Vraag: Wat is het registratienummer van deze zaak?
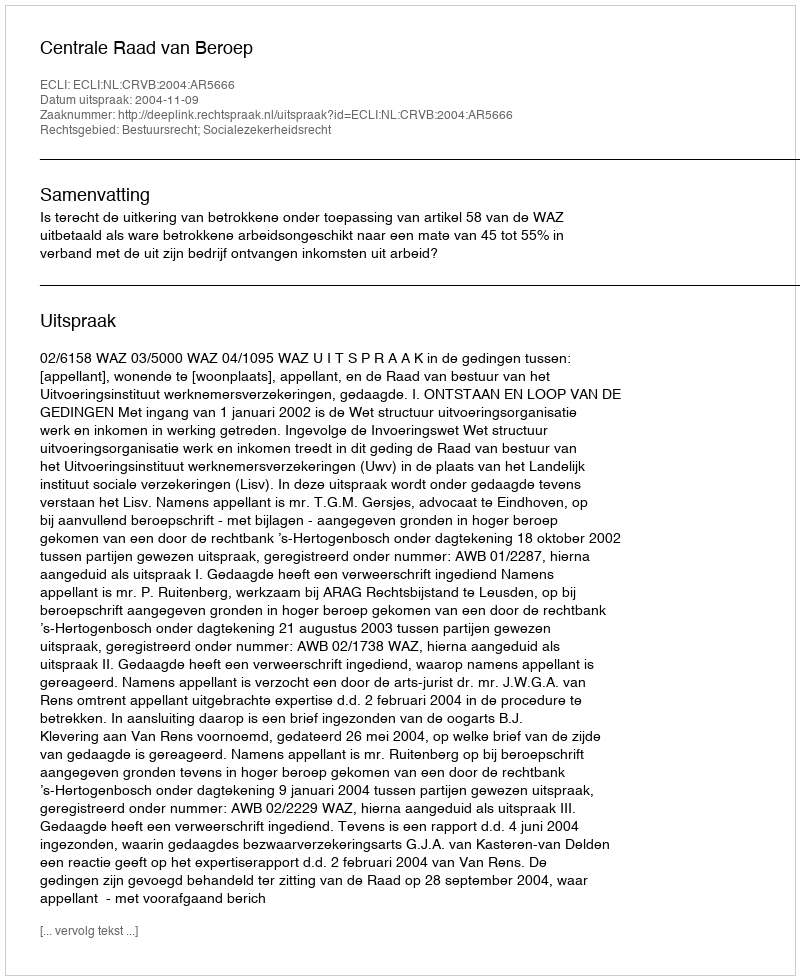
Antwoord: http://deeplink.rechtspraak.nl/uitspraak?id=ECLI:NL:CRVB:2004:AR5666